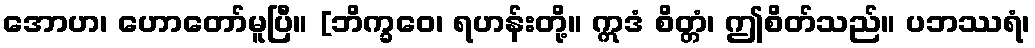
အောဟ၊ ဟောတော်မူပြီ။ [ဘိက္ခဝေ၊ ရဟန်းတို့။ ဣဒံ စိတ္တံ၊ ဤစိတ်သည်။ ပဘဿရံ၊